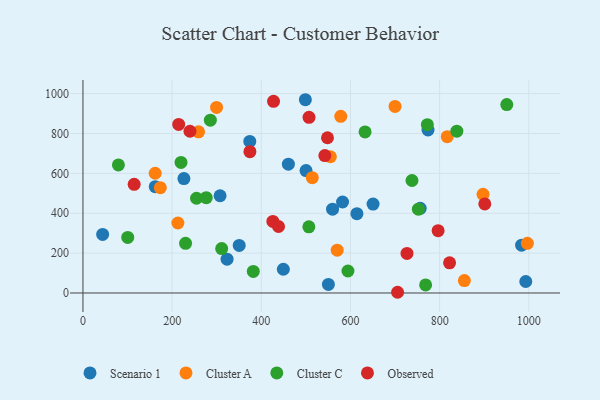
{"axis": {"x": "Ad Spend", "y": "Yield"}, "legend": ["Cluster A", "Cluster C", "Observed", "Scenario 1"], "data": [{"x": "162.1", "y": 533.5, "type": "Scenario 1"}, {"x": "323.2", "y": 169.4, "type": "Scenario 1"}, {"x": "559.8", "y": 420.4, "type": "Scenario 1"}, {"x": "773.9", "y": 817.5, "type": "Scenario 1"}, {"x": "44.1", "y": 293.7, "type": "Scenario 1"}, {"x": "498.8", "y": 969.4, "type": "Scenario 1"}, {"x": "374.1", "y": 760.0, "type": "Scenario 1"}, {"x": "582.2", "y": 456.4, "type": "Scenario 1"}, {"x": "500.3", "y": 614.0, "type": "Scenario 1"}, {"x": "460.7", "y": 646.0, "type": "Scenario 1"}, {"x": "983.8", "y": 239.6, "type": "Scenario 1"}, {"x": "614.4", "y": 397.8, "type": "Scenario 1"}, {"x": "350.4", "y": 238.4, "type": "Scenario 1"}, {"x": "307.5", "y": 487.8, "type": "Scenario 1"}, {"x": "550.4", "y": 43.1, "type": "Scenario 1"}, {"x": "449.4", "y": 119.0, "type": "Scenario 1"}, {"x": "650.6", "y": 446.0, "type": "Scenario 1"}, {"x": "756.4", "y": 424.7, "type": "Scenario 1"}, {"x": "226.4", "y": 573.7, "type": "Scenario 1"}, {"x": "993.1", "y": 57.6, "type": "Scenario 1"}, {"x": "259.3", "y": 808.6, "type": "Cluster A"}, {"x": "162.0", "y": 600.6, "type": "Cluster A"}, {"x": "855.4", "y": 62.1, "type": "Cluster A"}, {"x": "699.9", "y": 935.6, "type": "Cluster A"}, {"x": "173.5", "y": 528.3, "type": "Cluster A"}, {"x": "299.6", "y": 930.9, "type": "Cluster A"}, {"x": "817.0", "y": 784.2, "type": "Cluster A"}, {"x": "554.9", "y": 683.3, "type": "Cluster A"}, {"x": "570.2", "y": 214.8, "type": "Cluster A"}, {"x": "212.9", "y": 351.1, "type": "Cluster A"}, {"x": "514.3", "y": 578.5, "type": "Cluster A"}, {"x": "578.2", "y": 886.2, "type": "Cluster A"}, {"x": "897.3", "y": 495.1, "type": "Cluster A"}, {"x": "996.7", "y": 249.1, "type": "Cluster A"}, {"x": "752.2", "y": 420.2, "type": "Cluster C"}, {"x": "230.1", "y": 249.2, "type": "Cluster C"}, {"x": "737.9", "y": 564.2, "type": "Cluster C"}, {"x": "632.7", "y": 807.9, "type": "Cluster C"}, {"x": "311.1", "y": 223.0, "type": "Cluster C"}, {"x": "768.5", "y": 40.6, "type": "Cluster C"}, {"x": "382.0", "y": 108.4, "type": "Cluster C"}, {"x": "772.4", "y": 844.5, "type": "Cluster C"}, {"x": "285.7", "y": 866.7, "type": "Cluster C"}, {"x": "838.5", "y": 811.5, "type": "Cluster C"}, {"x": "950.5", "y": 945.3, "type": "Cluster C"}, {"x": "100.4", "y": 278.8, "type": "Cluster C"}, {"x": "79.5", "y": 642.4, "type": "Cluster C"}, {"x": "254.7", "y": 475.1, "type": "Cluster C"}, {"x": "276.5", "y": 478.3, "type": "Cluster C"}, {"x": "219.9", "y": 654.8, "type": "Cluster C"}, {"x": "594.3", "y": 110.3, "type": "Cluster C"}, {"x": "506.6", "y": 331.9, "type": "Cluster C"}, {"x": "240.0", "y": 811.4, "type": "Observed"}, {"x": "542.5", "y": 689.2, "type": "Observed"}, {"x": "822.2", "y": 151.3, "type": "Observed"}, {"x": "507.0", "y": 881.0, "type": "Observed"}, {"x": "726.7", "y": 198.4, "type": "Observed"}, {"x": "374.4", "y": 708.7, "type": "Observed"}, {"x": "438.6", "y": 333.5, "type": "Observed"}, {"x": "705.6", "y": 3.6, "type": "Observed"}, {"x": "425.9", "y": 359.2, "type": "Observed"}, {"x": "901.2", "y": 446.9, "type": "Observed"}, {"x": "548.4", "y": 778.6, "type": "Observed"}, {"x": "114.8", "y": 545.2, "type": "Observed"}, {"x": "427.4", "y": 961.3, "type": "Observed"}, {"x": "214.7", "y": 845.5, "type": "Observed"}, {"x": "796.5", "y": 312.5, "type": "Observed"}]}